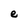
Character: e